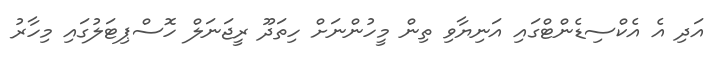
އަދި އެ އެކްސިޑެންޓްގައި އަނިޔާވި ތިން މީހުންނަށް ހިތަދޫ ރީޖަނަލް ހޮސްޕިޓަލުގައި މިހާރު